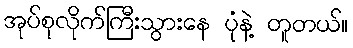
အုပ်စုလိုက်ကြီးသွားနေ ပုံနဲ့ တူတယ်။